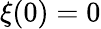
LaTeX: \xi(0)=0